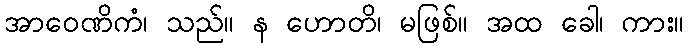
အာဝေဏိကံ၊ သည်။ န ဟောတိ၊ မဖြစ်။ အထ ခေါ၊ ကား။